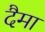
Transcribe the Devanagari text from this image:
दैमा